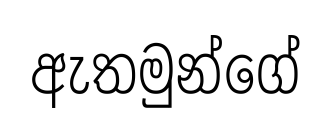
ඇතමුන්ගේ